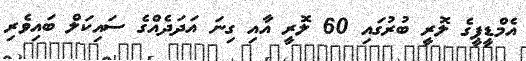
އެމްޑީޕީގެ ލޮރީ ބުރުގައި 60 ލޮރީ އާއި ގިނަ އަދަދެއްގެ ސައިކަލް ބައިވެރި